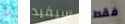
ما سيفيد فقط